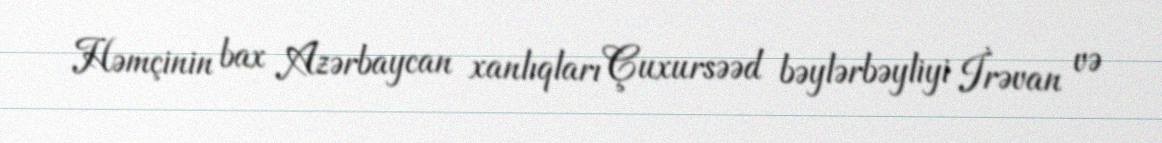
Həmçinin bax Azərbaycan xanlıqları Çuxursəəd bəylərbəyliyi İrəvan və